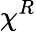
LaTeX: \chi^{R}